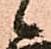
候